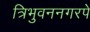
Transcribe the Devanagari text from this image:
त्रिभुवननगरपे